Indian journal of veterinary science and animal husbandry - Volumes 24-25, 1954-1955
Year: 1954
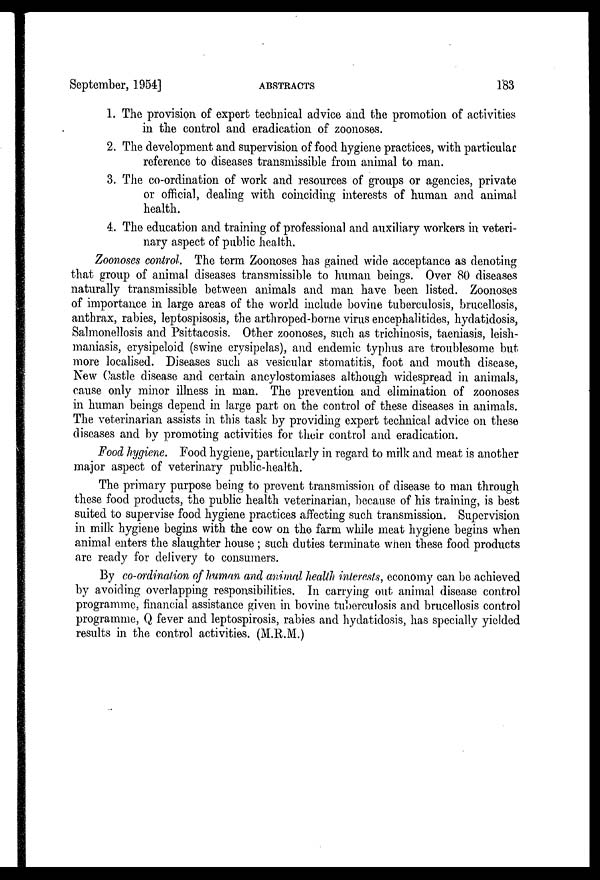
September, 1954]
ABSTRACTS
183
1. The provision of expert technical advice and the promotion of activities
in the control and eradication of zoonoses.
2. The development and supervision of food hygiene practices, with particular
reference to diseases transmissible from animal to man.
3. The co-ordination of work and resources of groups or agencies, private
or official, dealing with coinciding interests of human and animal
health.
4. The education and training of professional and auxiliary workers in veteri-
nary aspect of public health.
Zoonoses control. The term Zoonoses has gained wide acceptance as denoting
that group of animal diseases transmissible to human beings. Over 80 diseases
naturally transmissible between animals and man have been listed. Zoonoses
of importance in large areas of the world include bovine tuberculosis, brucellosis,
anthrax, rabies, leptospisosis, the arthroped-borne virus encephalitides, hydatidosis,
Salmonellosis and Psittacosis. Other zoonoses, such as trichinosis, taeniasis, leish-
maniasis, erysipeloid (swine erysipelas), and endemic typhus are troublesome but
more localised. Diseases such as vesicular stomatitis, foot and mouth disease,
New Castle disease and certain ancylostomiases although widespread in animals,
cause only minor illness in man. The prevention and elimination of zoonoses
in human beings depend in large part on the control of these diseases in animals.
The veterinarian assists in this task by providing expert technical advice on these
diseases and by promoting activities for their control and eradication.
Food hygiene. Food hygiene, particularly in regard to milk and meat is another
major aspect of veterinary public-health.
The primary purpose being to prevent transmission of disease to man through
these food products, the public health veterinarian, because of his training, is best
suited to supervise food hygiene practices affecting such transmission. Supervision
in milk hygiene begins with the cow on the farm while meat hygiene begins when
animal enters the slaughter house ; such duties terminate when these food products
are ready for delivery to consumers.
By co-ordination of human and animal health interests, economy can be achieved
by avoiding overlapping responsibilities. In carrying out animal disease control
programme, financial assistance given in bovine tuberculosis and brucellosis control
programme, Q fever and leptospirosis, rabies and hydatidosis, has specially yielded
results in the control activities. (M.R.M.)